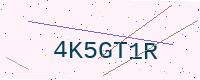
Text: 4K5GT1R